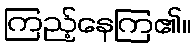
ကြည့်နေကြ၏။